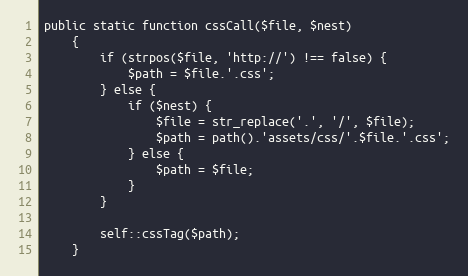
Language: PHP
public static function cssCall($file, $nest)
    {
        if (strpos($file, 'http://') !== false) {
            $path = $file.'.css';
        } else {
            if ($nest) {
                $file = str_replace('.', '/', $file);
                $path = path().'assets/css/'.$file.'.css';
            } else {
                $path = $file;
            }
        }

        self::cssTag($path);
    }